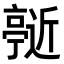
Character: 𬽞